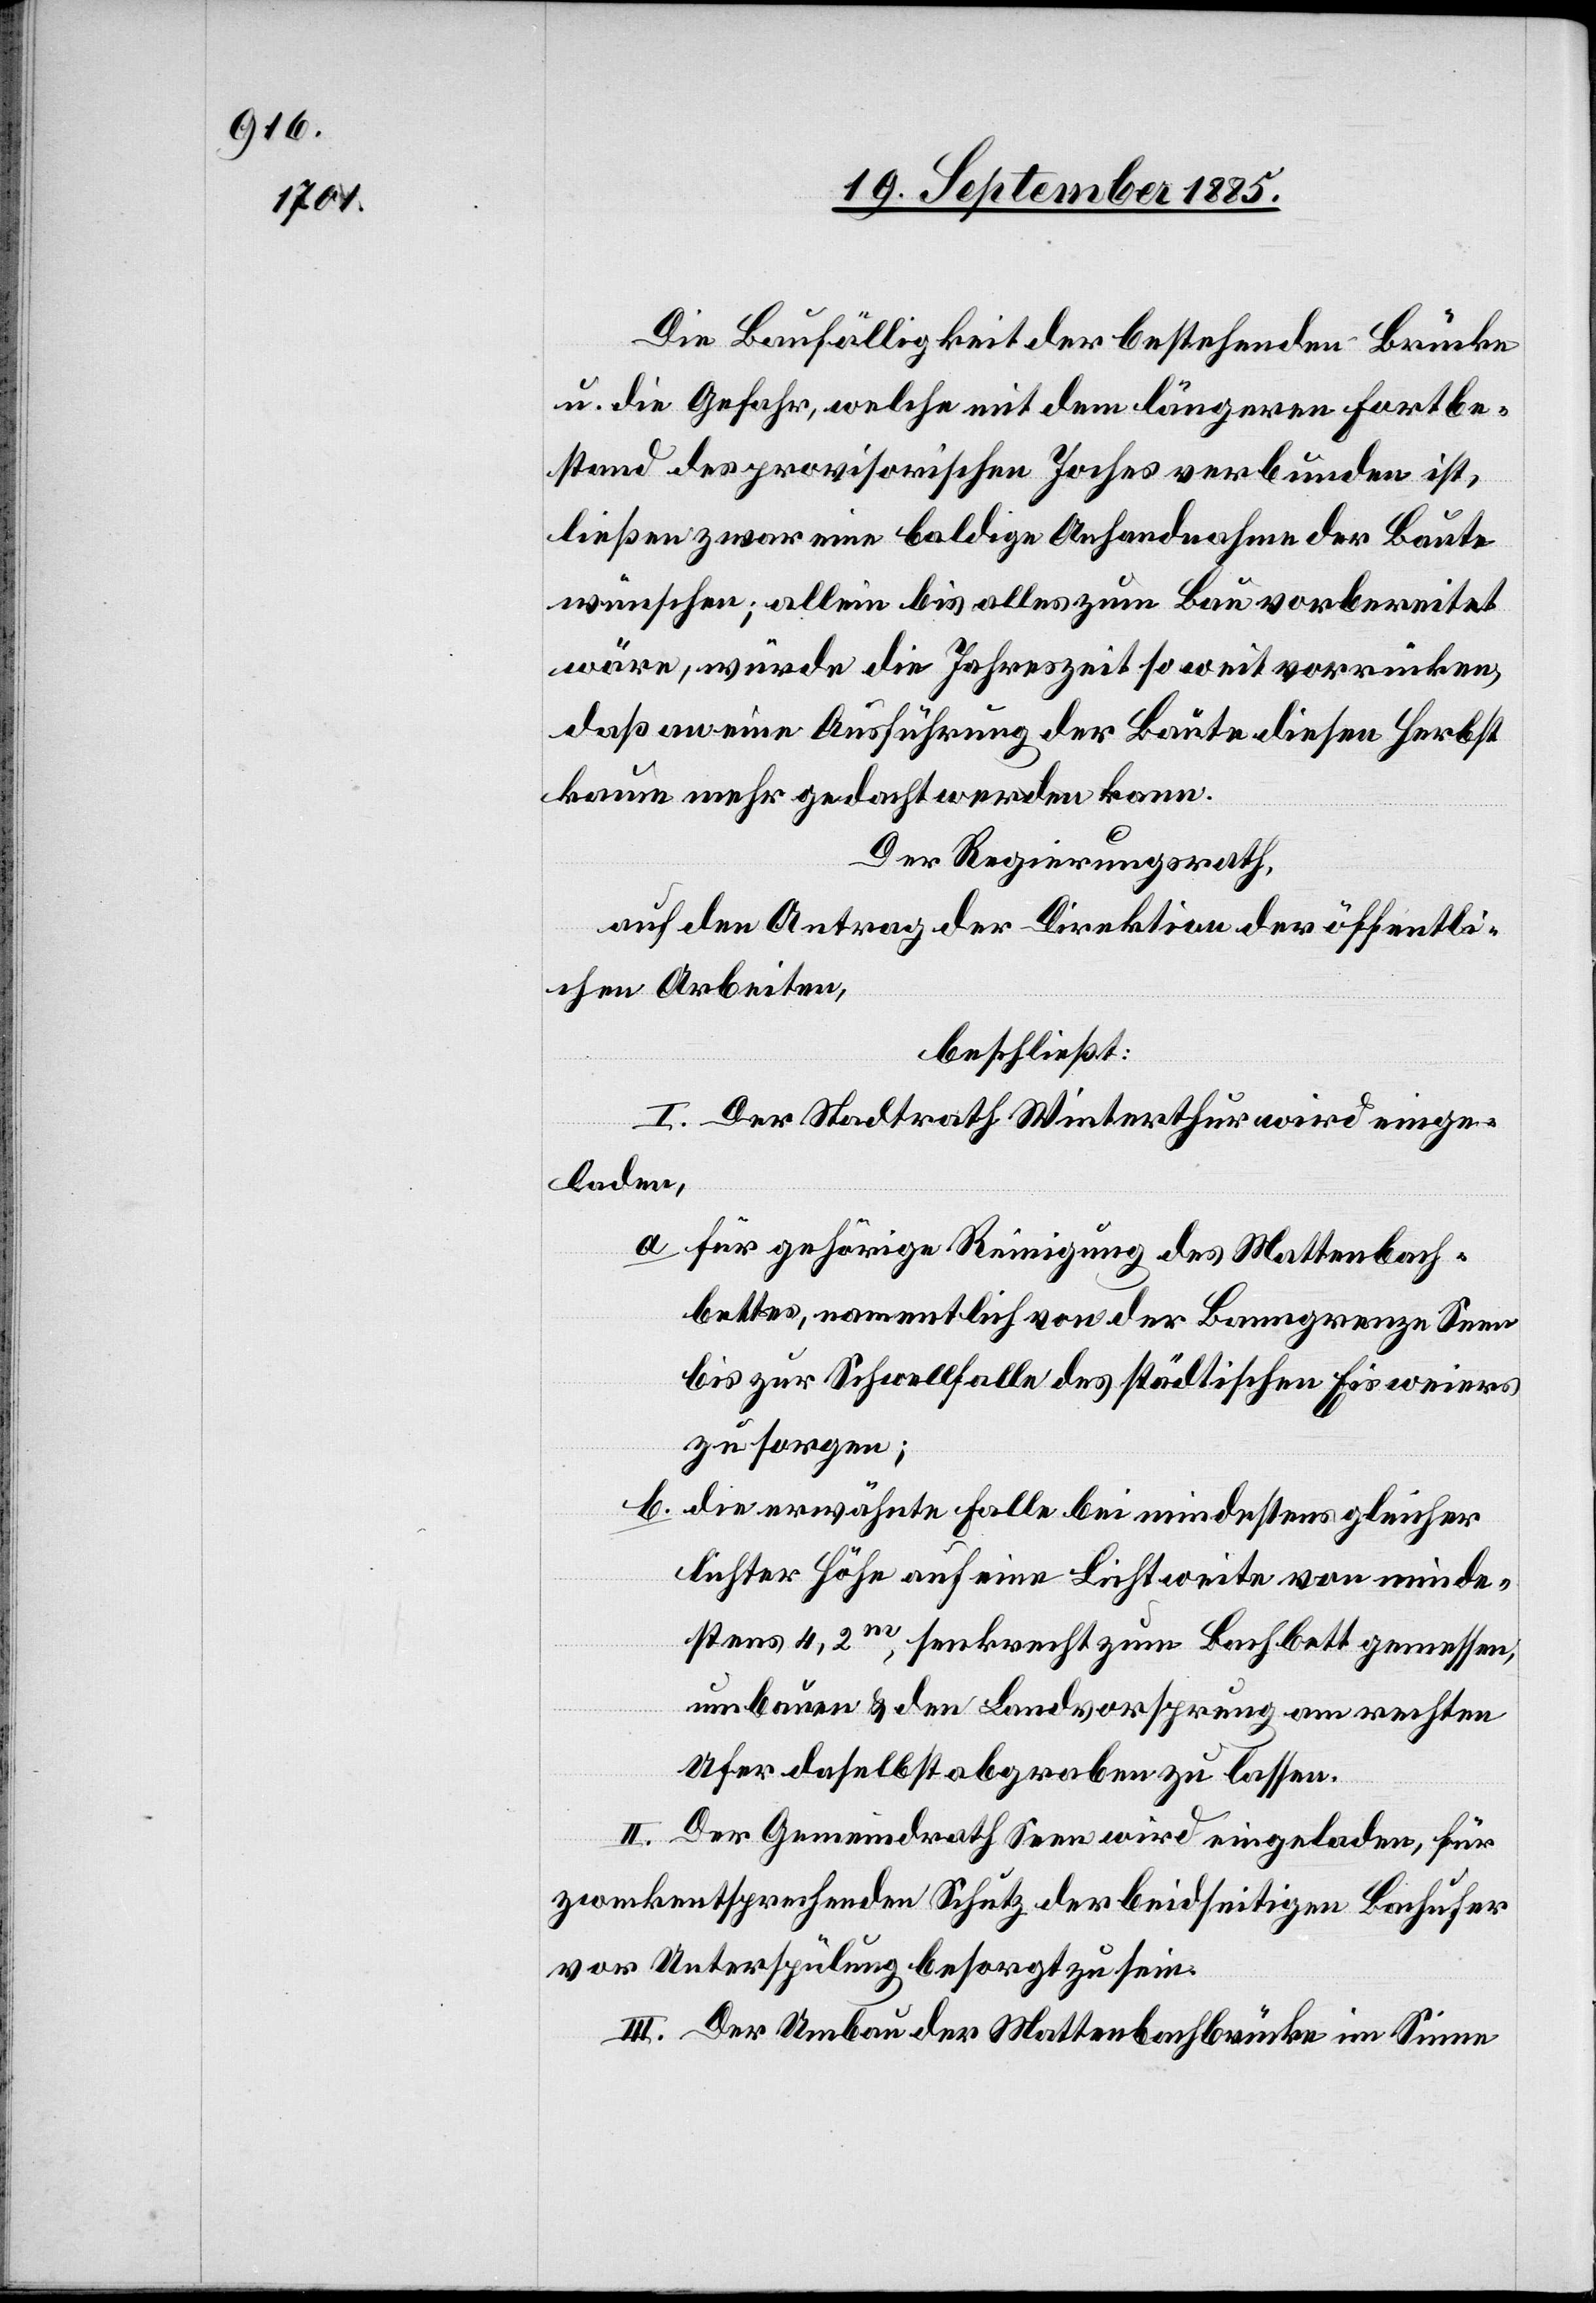
Die Baufälligkeit der bestehenden Brücke
u. die Gefahr, welche mit dem längeren Fortbe¬
stand des provisorischen Joches verbunden ist,
ließen zwar eine baldige Anhandnahme der Baute
wünschen; allein bis alles zum Bau vorbereitet
wäre, würde die Jahreszeit soweit vorrücken,
daß an eine Ausführung der Baute diesen Herbst
kaum mehr gedacht werden kann.
Der Regierungsrath,
auf den Antrag der Direktion der öffentli¬
chen Arbeiten,
beschließt:
I. Der Stadtrath Winterthur wird einge¬
laden,
a. für gehörige Reinigung des Mattenbach¬
bettes, namentlich von der Banngrenze Seen
bis zur Schwellfalle des städtischen Eisweiers
zu sorgen;
b. die erwähnte Falle bei mindestens gleicher
lichter Höhe auf eine Lichtweite von minde¬
stens 4,2m, senkrecht zum Bachbett gemessen,
umbauen & den Landvorsprung am rechten
Ufer daselbst abgraben zu lassen.
II. Der Gemeindrath Seen wird eingeladen, für
zweckentsprechenden Schutz der beidseitigen Bachufer
vor Unterspülung besorgt zu sein.
III. Der Umbau der Mattenbachbrücke im Sinne